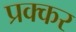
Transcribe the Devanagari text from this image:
प्रक्कर